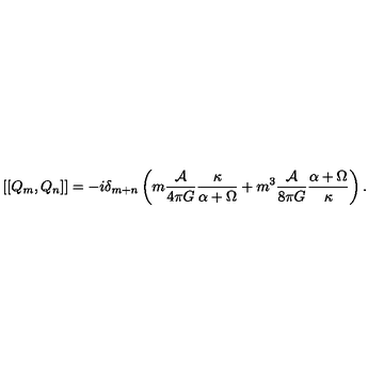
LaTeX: \left[ \left[ Q _ { m } , Q _ { n } \right] \right] = - i \delta _ { m + n } \left( m \frac { { \cal A } } { 4 \pi G } \frac { \kappa } { \alpha + \Omega } + m ^ { 3 } \frac { { \cal A } } { 8 \pi G } \frac { \alpha + \Omega } { \kappa } \right) .